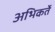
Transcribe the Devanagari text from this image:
अभिकर्ते